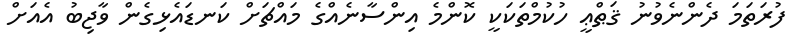
ފުރަތަމަ ދެންނެވުނު ޤަޠްޢީ ހުކުމްތަކަކީ ކޮންމެ އިންސާނެއްގެ މައްޗަށް ކަނޑައެޅިގެން ވާޖިބު އެއަށް